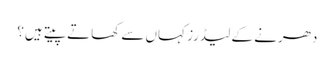
دھرنے کے لیڈرز کہاں سے کھاتے پیتے ہیں؟